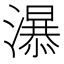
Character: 𱩧